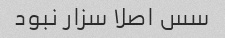
سس اصلا سزار نبود